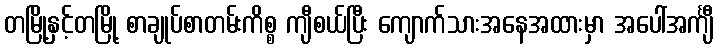
တမြို့နှင့်တမြို့ စာချုပ်စာတမ်းကိစ္စ ကျီစယ်ပြီး ကျောက်သားအနေအထားမှာ အပေါ်အင်္ကျီ